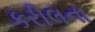
કરીલના